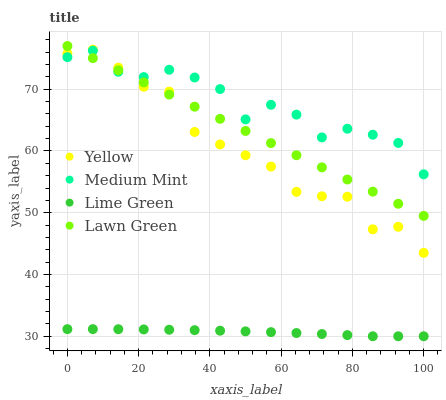
| xaxis_label | Yellow | Medium Mint | Lime Green | Lawn Green |
 | --- | --- | --- | --- | --- |
 | 0 | 75.8 | 75.2 | 31.2 | 77 |
 | 7.14 | 76.4 | 76.2 | 31.2 | 75 |
 | 14.3 | 73.5 | 72.8 | 31.1 | 73.1 |
 | 21.4 | 70.4 | 72 | 31.1 | 71.1 |
 | 28.6 | 69.6 | 73.2 | 31.1 | 69.1 |
 | 35.7 | 63.1 | 71.9 | 31 | 67.2 |
 | 42.9 | 61.1 | 70 | 30.9 | 65.2 |
 | 50 | 59.3 | 65.1 | 30.8 | 63.2 |
 | 57.1 | 57.5 | 67.5 | 30.7 | 61.3 |
 | 64.3 | 53.4 | 65.9 | 30.5 | 59.3 |
 | 71.4 | 52.7 | 62.2 | 30.4 | 57.4 |
 | 78.6 | 52.6 | 63.6 | 30.2 | 55.4 |
 | 85.7 | 47.3 | 62.6 | 30 | 53.4 |
 | 92.9 | 47.7 | 61.3 | 30 | 51.5 |
 | 100 | 43.5 | 56.2 | 30 | 49.5 |